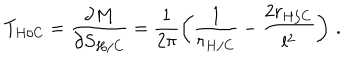
LaTeX: T _ { H / C } = \frac { \partial M } { \partial S _ { H / C } } = \frac { 1 } { 2 \pi } \left( \frac { 1 } { r _ { H / C } } - \frac { 2 r _ { H / C } } { l ^ { 2 } } \right) \, .